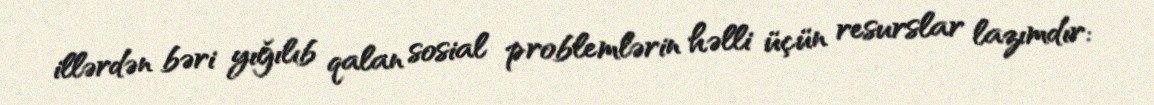
illərdən bəri yığılıb qalan sosial problemlərin həlli üçün resurslar lazımdır: